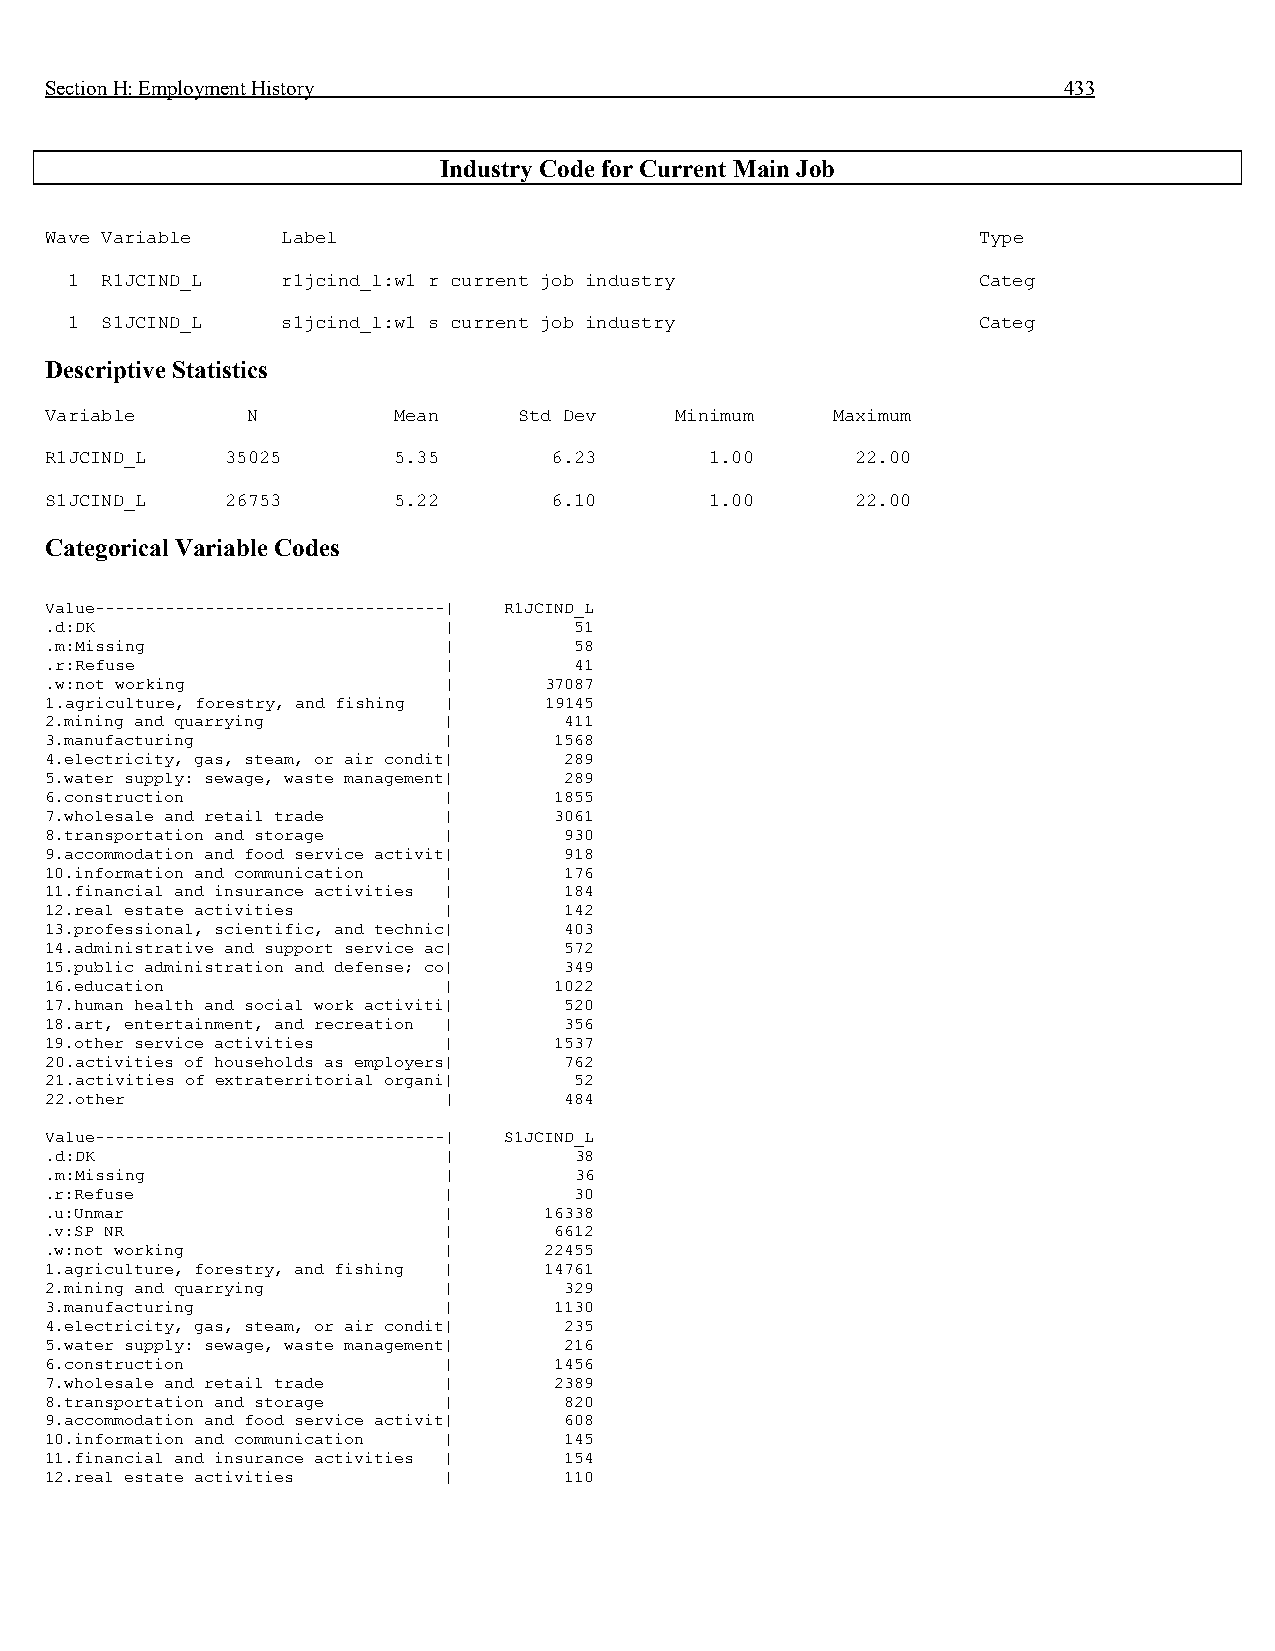
Section H: Employment History                                      433
 Industry Code for Current Main Job
 Wave Variable   Label                                         Type
 1  R1JCIND_L   r1jcind_l:w1 r current job industry           Categ
 1  S1JCIND_L   s1jcind_l:w1 s current job industry           Categ
 Descriptive Statistics
 Variable     N         Mean    Std Dev    Minimum   Maximum
 R1JCIND_L   35025      5.35      6.23       1.00      22.00
 S1JCIND_L   26753      5.22      6.10       1.00      22.00
 Categorical Variable Codes
 Value-----------------------------------| R1JCIND_L
 .d:DK                     |        51
 .m:Missing                |        58
 .r:Refuse                 |        41
 .w:not working            |      37087
 1.agriculture, forestry, and fishing | 19145
 2.mining and quarrying    |       411
 3.manufacturing           |       1568
 4.electricity, gas, steam, or air condit| 289
 5.water supply: sewage, waste management| 289
 6.construction            |       1855
 7.wholesale and retail trade |    3061
 8.transportation and storage |    930
 9.accommodation and food service activit| 918
 10.information and communication | 176
 11.financial and insurance activities | 184
 12.real estate activities |       142
 13.professional, scientific, and technic| 403
 14.administrative and support service ac| 572
 15.public administration and defense; co| 349
 16.education              |       1022
 17.human health and social work activiti| 520
 18.art, entertainment, and recreation | 356
 19.other service activities |     1537
 20.activities of households as employers| 762
 21.activities of extraterritorial organi| 52
 22.other                  |       484
 Value-----------------------------------| S1JCIND_L
 .d:DK                     |        38
 .m:Missing                |        36
 .r:Refuse                 |        30
 .u:Unmar                  |      16338
 .v:SP NR                  |       6612
 .w:not working            |      22455
 1.agriculture, forestry, and fishing | 14761
 2.mining and quarrying    |       329
 3.manufacturing           |       1130
 4.electricity, gas, steam, or air condit| 235
 5.water supply: sewage, waste management| 216
 6.construction            |       1456
 7.wholesale and retail trade |    2389
 8.transportation and storage |    820
 9.accommodation and food service activit| 608
 10.information and communication | 145
 11.financial and insurance activities | 154
 12.real estate activities |       110